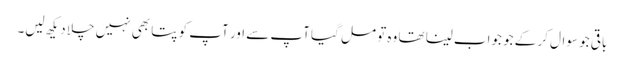
باقی جو سوال کر کے جو جواب لینا تھا وہ تو مل گیا آپ سے اور آپ کو پتا بھی نہیں چلا دیکھ لیں۔